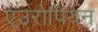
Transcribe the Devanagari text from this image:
एउरोपियन